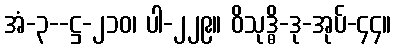
အံ-၃--ဋ္ဌ-၂၁၀၊ ပါ-၂၂၉။ ဝိသုဒ္ဓိ-ဒု-အုပ်-၄၄။